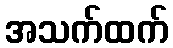
အသက်ထက်